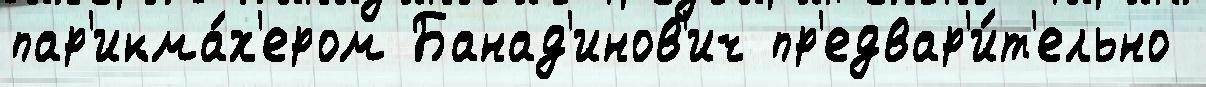
пар'икма́х'ером Банад'инов'ич пр'едвар'и́т'ельно